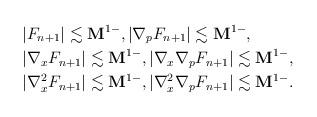
LaTeX: \begin{align*}&|F_{n+1}|\lesssim \mathbf{M}^{1-},|\nabla_pF_{n+1}|\lesssim \mathbf{M}^{1-},\\&|\nabla_xF_{n+1}|\lesssim \mathbf{M}^{1-},|\nabla_x\nabla_pF_{n+1}|\lesssim \mathbf{M}^{1-},\\&|\nabla_x^2F_{n+1}|\lesssim \mathbf{M}^{1-},|\nabla_x^2\nabla_pF_{n+1}|\lesssim \mathbf{M}^{1-}.\end{align*}